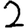
Digit: 2